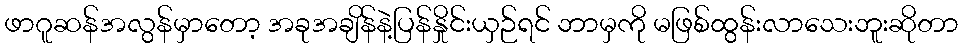
ဖာဂူဆန်အလွန်မှာတော့ အခုအချိန်နဲ့ပြန်နှိုင်းယှဉ်ရင် ဘာမှကို မဖြစ်ထွန်းလာသေးဘူးဆိုတာ